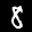
Label: 8